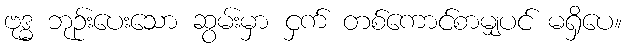
ဗုဒ္ဓ ဘုဉ်းပေးသော ဆွမ်းမှာ ငှက် တစ်ကောင်စာမျှပင် မရှိပေ။